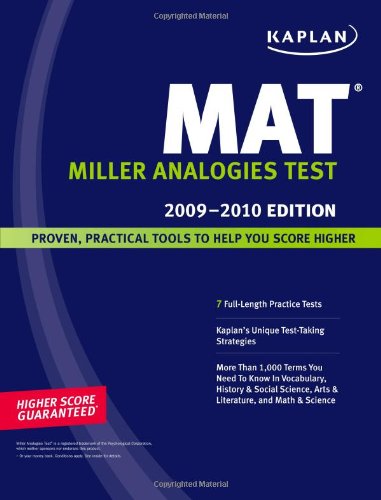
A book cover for Kaplan MAT, 2009-2010 Edition; Kaplan; Test Preparation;